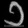
Digit: ၁